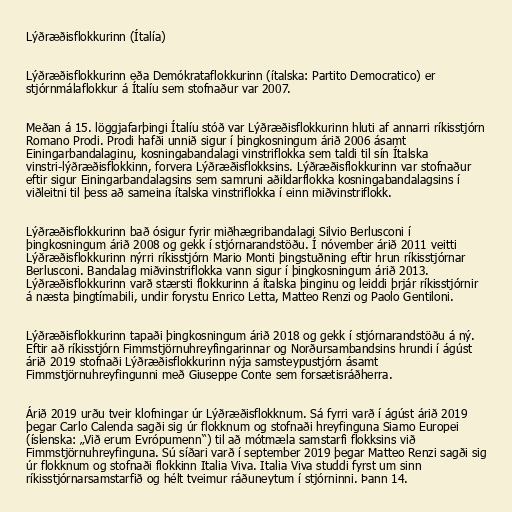
Lýðræðisflokkurinn (Ítalía)

Lýðræðisflokkurinn eða Demókrataflokkurinn (ítalska: Partito Democratico) er
stjórnmálaflokkur á Ítalíu sem stofnaður var 2007.

Meðan á 15. löggjafarþingi Ítalíu stóð var Lýðræðisflokkurinn hluti af annarri ríkisstjórn
Romano Prodi. Prodi hafði unnið sigur í þingkosningum árið 2006 ásamt
Einingarbandalaginu, kosningabandalagi vinstriflokka sem taldi til sín Ítalska
vinstri-lýðræðisflokkinn, forvera Lýðræðisflokksins. Lýðræðisflokkurinn var stofnaður
eftir sigur Einingarbandalagsins sem samruni aðildarflokka kosningabandalagsins í
viðleitni til þess að sameina ítalska vinstriflokka í einn miðvinstriflokk.

Lýðræðisflokkurinn bað ósigur fyrir miðhægribandalagi Silvio Berlusconi í
þingkosningum árið 2008 og gekk í stjórnarandstöðu. Í nóvember árið 2011 veitti
Lýðræðisflokkurinn nýrri ríkisstjórn Mario Monti þingstuðning eftir hrun ríkisstjórnar
Berlusconi. Bandalag miðvinstriflokka vann sigur í þingkosningum árið 2013.
Lýðræðisflokkurinn varð stærsti flokkurinn á ítalska þinginu og leiddi þrjár ríkisstjórnir
á næsta þingtímabili, undir forystu Enrico Letta, Matteo Renzi og Paolo Gentiloni.

Lýðræðisflokkurinn tapaði þingkosningum árið 2018 og gekk í stjórnarandstöðu á ný.
Eftir að ríkisstjórn Fimmstjörnuhreyfingarinnar og Norðursambandsins hrundi í ágúst
árið 2019 stofnaði Lýðræðisflokkurinn nýja samsteypustjórn ásamt
Fimmstjörnuhreyfingunni með Giuseppe Conte sem forsætisráðherra.

Árið 2019 urðu tveir klofningar úr Lýðræðisflokknum. Sá fyrri varð í ágúst árið 2019
þegar Carlo Calenda sagði sig úr flokknum og stofnaði hreyfinguna Siamo Europei
(íslenska: „Við erum Evrópumenn“) til að mótmæla samstarfi flokksins við
Fimmstjörnuhreyfinguna. Sú síðari varð í september 2019 þegar Matteo Renzi sagði sig
úr flokknum og stofnaði flokkinn Italia Viva. Italia Viva studdi fyrst um sinn
ríkisstjórnarsamstarfið og hélt tveimur ráðuneytum í stjórninni. Þann 14.